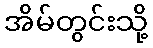
အိမ်တွင်းသို့